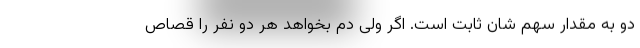
دو به مقدار سهم شان ثابت است. اگر ولی دم بخواهد هر دو نفر را قصاص